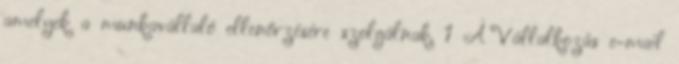
amelyek a munkavállaló ellenőrzésére szolgálnak. 1 A Vállalkozás e-mail